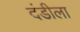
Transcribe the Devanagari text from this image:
दंडीला